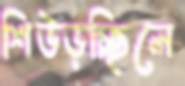
শিউড়চ্ছিলে